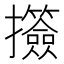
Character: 𢺅